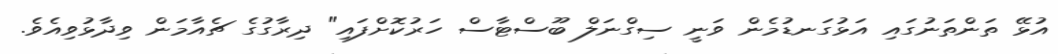
އުޅޭ ތަންތަނުގައި އަޅުގަނޑުމެން ވަނީ ސިގްނަލް ބޫސްޓާސް ހަރުކޮށްފައި" ދިރާގުގެ ޗެއާމަން ވިދާޅުވިއެވެ.